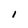
Character: i